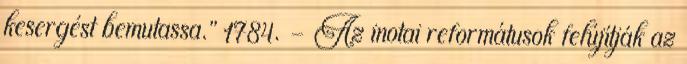
kesergést bemutassa.” 1784. – Az inotai reformátusok felújítják az